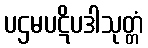
ပဌမပဋိပဒါသုတ္တံ